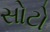
સોટો